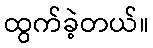
ထွက်ခဲ့တယ်။